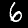
Digit: 6